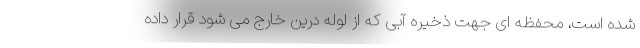
شده است، محفظه ای جهت ذخیره آبی که از لوله درین خارج می شود قرار داده